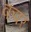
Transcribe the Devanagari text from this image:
कपर